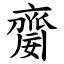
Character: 䶒